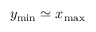
y _ { \mathrm { m i n } } \simeq x _ { \mathrm { m a x } }